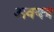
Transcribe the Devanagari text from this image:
अवयब